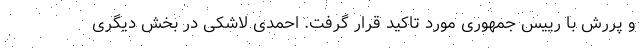
و پررش با رییس جمهوری مورد تاکید قرار گرفت. احمدی لاشکی در بخش دیگری